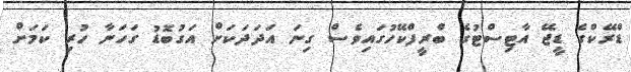
ޑްރޭކްގެ ޑީޖޭ އާޓިސްޓުގެ ބްރީފްކޭހުގައިވެސް ގިނަ އަދަދަކަށް އަގުބޮޑު ގަހަނާ ހުރި ކަމަށް